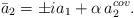
LaTeX: \begin{align*}\bar{a}_{2}=\pm ia_{1}+\alpha \, a^{cov}_{2}.\end{align*}